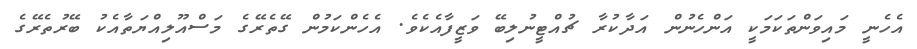
އެހެނީ މައިވަންތަކަމަކީ އަންހެނުން އަދާކުރާ ޗުއްޓީނުލިބޭ ވަޒީފާއެކެވެ. އެހެންކަމުން ގޭތެރޭގެ މަސްއޫލިއްޔަތާއެކު ބޭރުތެރޭގެ